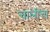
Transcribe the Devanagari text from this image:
चालीचा